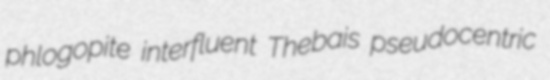
phlogopite interfluent Thebais pseudocentric